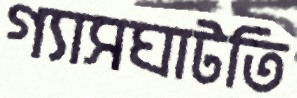
গ্যাসঘাটতি